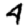
Digit: 4